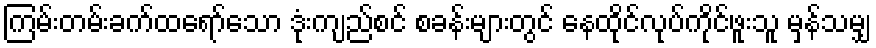
ကြမ်းတမ်းခက်ထရော်သော ဒုံးကျည်စင် စခန်းများတွင် နေထိုင်လုပ်ကိုင်ဖူးသူ မှန်သမျှ